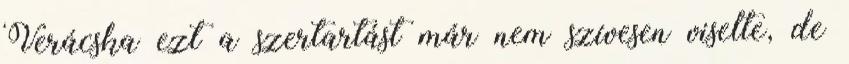
Verácska ezt a szertartást már nem szívesen viselte, de